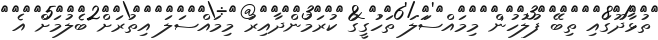
ތުޅާދޫގައި ތިބޭ ފުލުހުން މިމައްސަަލަ ތަހުގީގު ކުރަމުންދާއިރު މިމައްސަލަ އިތުރަށް ބެލުމަށް އެ